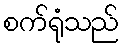
စက်ရုံသည်